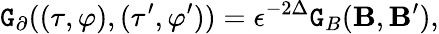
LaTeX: \mathtt{G}_{\partial}((\tau,\varphi),(\tau^{\prime},\varphi^{\prime}))=\epsilon^{-2\Delta}\mathtt{G}_{B}({\mathbf{B}},{\mathbf{B}^{\prime}}),